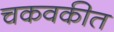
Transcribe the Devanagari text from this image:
चकवकीत